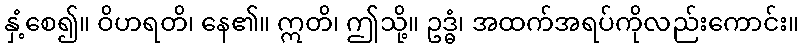
နှံ့စေ၍။ ဝိဟရတိ၊ နေ၏။ ဣတိ၊ ဤသို့။ ဥဒ္ဓံ၊ အထက်အရပ်ကိုလည်းကောင်း။